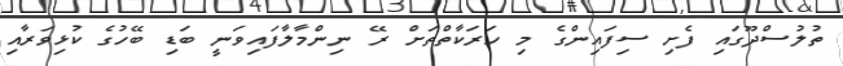
ތުލުސްދޫގައި ފެށި ސިފައިންގެ މި ހަރަކާތްތަށް ރޭ ނިންމާލާފައިވަނީ ބަޑި ބޭހުގެ ކުޅިވަރާއި